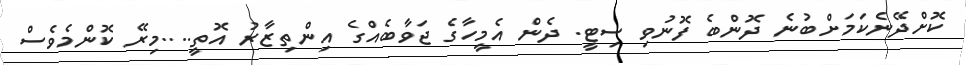
ކޮށްދޭނެކަމަށްބުނެ ދޮންބެ ފޮނުވި ސިޓީ. ދެން އެމީހާގެ ޖަވާބެއްގެ އިންތިޒާރު އޮތީ....މިރޭ ކޮންމެވެސް